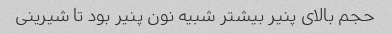
حجم بالای پنیر بیشتر شبیه نون پنیر بود تا شیرینی